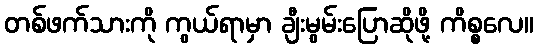
တစ်ဖက်သားကို ကွယ်ရာမှာ ချီးမွမ်းပြောဆိုဖို့ ကိစ္စလေ။